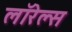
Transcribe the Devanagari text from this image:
लॉरेल्स